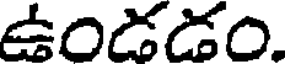
ఉండడం.